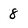
Character: 8